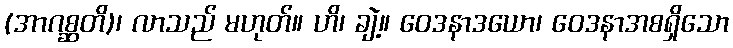
(အာဂစ္ဆတိ)၊ လာသည် မဟုတ်။ ဟိ၊ ချဲ့။ ဝေဒနာဒယော၊ ဝေဒနာအစရှိသော